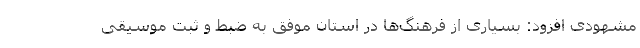
مشهودی افزود: بسیاری از فرهنگ‌ها در استان موفق به ضبط و ثبت موسیقی